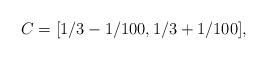
LaTeX: \begin{align*}C = [1/3 - 1/100, 1/3 + 1/100],\end{align*}